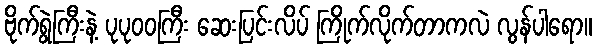
ဗိုက်ရွဲကြီးနဲ့ ပုပုဝဝကြီး ဆေးပြင်းလိပ် ကြိုက်လိုက်တာကလဲ လွန်ပါရော။